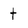
Character: t